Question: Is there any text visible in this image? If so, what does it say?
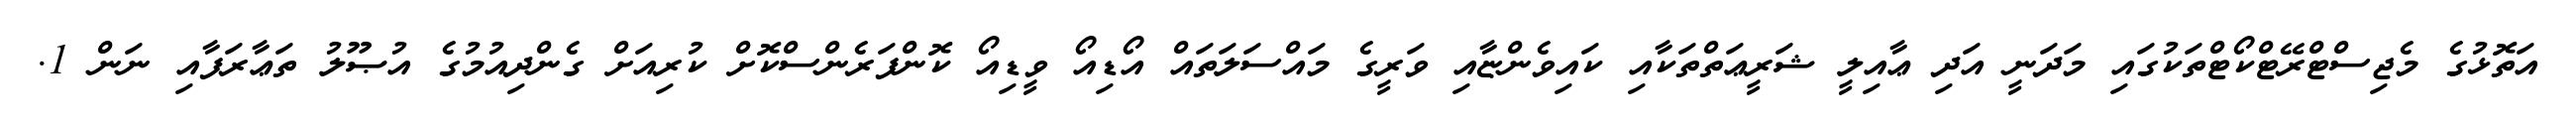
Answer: އަތޮޅުގެ މެޖިސްޓްރޭޓްކޯޓްތަކުގައި މަދަނީ އަދި ޢާއިލީ ޝަރީޢަތްތަކާއި ކައިވެންޏާއި ވަރީގެ މައްސަލަތައް އޯޑިއޯ ވީޑިއޯ ކޮންފަރެންސްކޮށް ކުރިއަށް ގެންދިއުމުގެ އުޞޫލު ތަޢާރަފާއި ނަން 1.